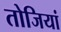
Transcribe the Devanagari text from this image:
तोजियां